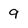
Character: 9